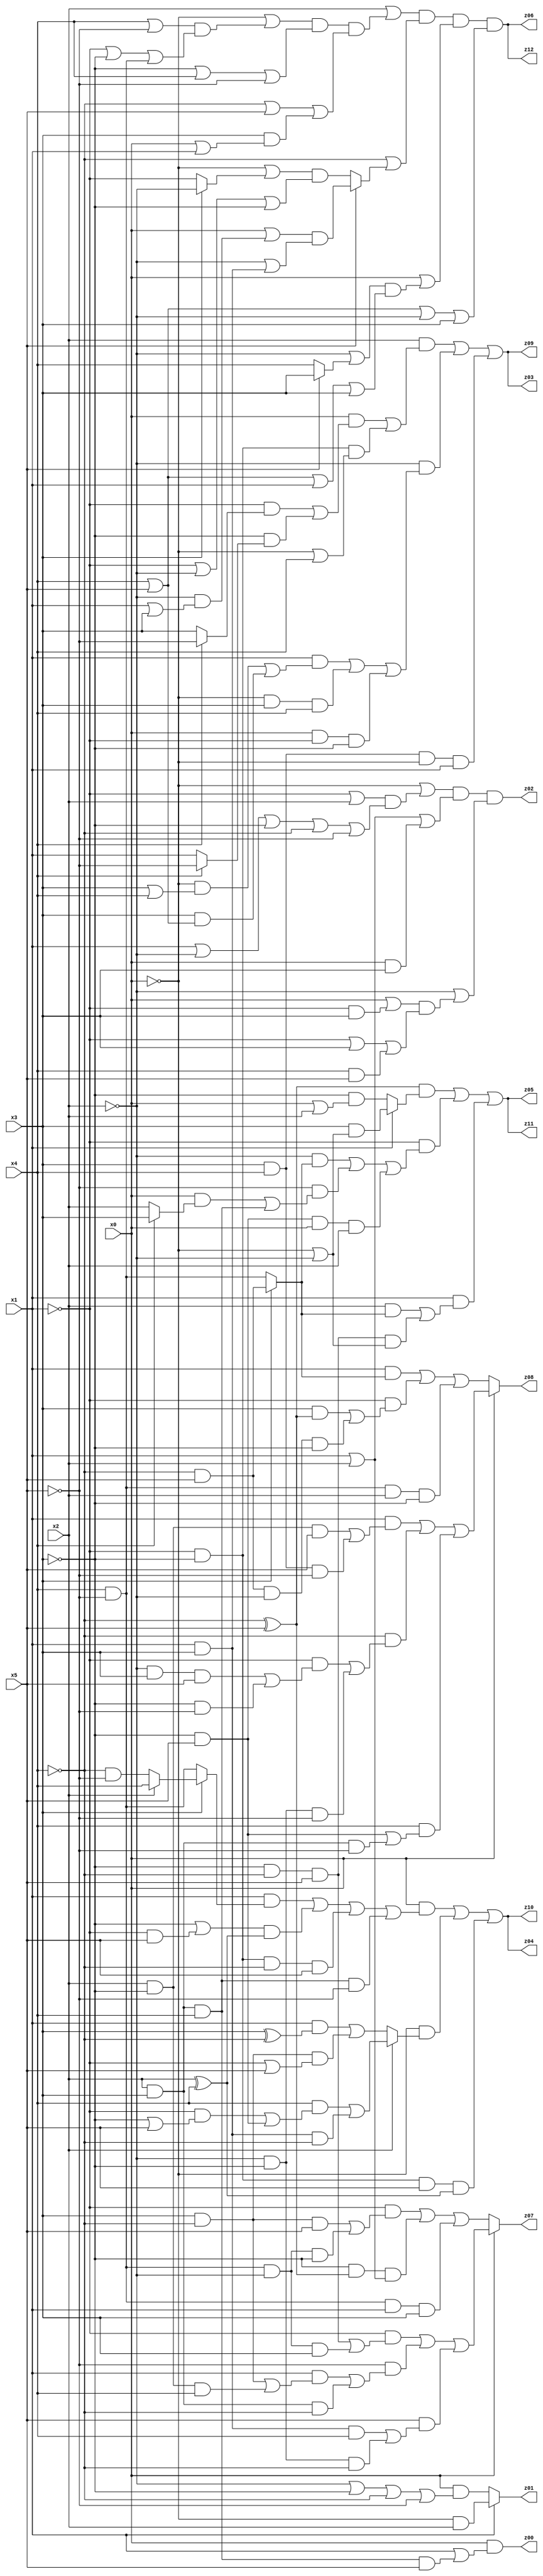
// Benchmark "q_1" written by ABC on Sat Feb 25 04:15:54 2023

module q_1 ( 
    x0, x1, x2, x3, x4, x5,
    z00, z01, z02, z03, z04, z05, z06, z07, z08, z09, z10, z11, z12  );
  input  x0, x1, x2, x3, x4, x5;
  output z00, z01, z02, z03, z04, z05, z06, z07, z08, z09, z10, z11, z12;
  assign z00 = x0 & (x1 | (x2 & x3 & x4 & x5));
  assign z01 = x1 ? (~x0 & x2) : (x0 & (~x2 | ~x3 | ~x4 | ~x5));
  assign z02 = (~x0 | ((~x1 | x2) & (x1 | ~x2 | ~x3 | ~x4 | ~x5))) & (x1 | x2 | (x0 & x3)) & (~x2 | ((x0 | (~x1 & x3)) & (~x1 | x3 | (x4 & x5))));
  assign z03 = (x2 & ((x0 & ((~x1 & (x4 ? ~x5 : x3)) | (~x3 & (x4 ? ~x5 : x1)))) | (~x1 & ~x3 & (~x0 | x4)))) | (~x2 & ((x1 & ((~x0 & (x3 | x4)) | (x3 & (x4 | x5)))) | (~x0 & x3 & x4) | (x0 & ~x1 & ~x3))) | (x3 & x4 & ~x0 & x1);
  assign z04 = (x0 & ((x1 & (x3 ? (x2 ? x4 : (~x4 & ~x5)) : (x4 & ~x5))) | ((~x3 | (~x1 & x5)) & (x2 ^ x4)) | (~x1 & ~x3 & ~x4 & x5) | (x2 & x3 & x4 & ~x5))) | (~x0 & (x2 ? ((x4 & ((~x1 & (~x3 | x5)) | (~x3 & x5))) | (x1 & x3 & ~x4)) : ((x1 & (x3 ^ ~x4)) | (x3 & ~x4 & (~x1 | x5))))) | (~x1 & ~x3 & x5 & (x2 ^ x4));
  assign z05 = ((~x4 ^ x5) & (x1 ? (x3 & (~x0 | ~x2)) : (~x3 & (x0 | x2)))) | (~x1 & ((~x2 & (x3 ? (~x4 & x5) : (x4 & ~x5))) | (~x5 & ((x0 & (x4 ? x3 : x2)) | (x2 & x3 & x4))) | (~x3 & x5 & x0 & x2))) | (x1 & ((x2 & (x3 ? (~x4 & x5) : (x4 & ~x5))) | (~x3 & ~x4 & x5 & (~x0 | ~x2))));
  assign z06 = (x2 | ((~x0 | ((x4 | ~x5) & (~x1 | ~x3 | (x4 & ~x5)))) & (~x3 | x4 | ~x5) & (~x4 | x5 | (x3 & (x0 | x1))))) & (~x4 | (x5 ? ((x0 | (~x2 & (x1 | x3))) & (~x2 | (x1 & x3))) : ((~x0 | (x3 ? ~x2 : ~x1)) & (~x1 | ~x2 | ~x3)))) & (x0 | ((~x2 | (x5 ? x3 : x4)) & (x4 | x5 | x1 | x3))) & (x4 | x5 | ~x2 | x3);
  assign z07 = x0 ? ((~x1 & ((~x3 & ~x4 & x5) | (x4 & ~x5 & ~x2 & x3))) | (~x5 & ((x1 & ((x3 & ~x4) | (x2 & ~x3 & x4))) | (x2 & x3 & ~x4))) | (x5 & ((x1 & x3 & x4) | (~x2 & ~x3 & ~x4)))) : ((~x1 & ((x3 & ~x4 & x5) | (x4 & ~x5 & ~x2 & ~x3))) | (~x3 & (~x4 ^ x5) & (x1 | x2)) | (x4 & ~x5 & x1 & x3));
  assign z08 = x0 ? ((x1 & ((x2 & ~x3 & x5) | (x3 & x4 & ~x5))) | (~x4 & ((~x1 & ((~x2 & x3 & x5) | (~x3 & ~x5))) | (~x2 & ~x3 & ~x5))) | (x4 & ((~x3 & x5) | (x2 & x3 & ~x5)))) : ((x1 & (x3 ? (~x4 & x5) : (x4 & ~x5))) | (~x1 & ((x3 & (~x4 ^ x5)) | (~x4 & x5 & ~x2 & ~x3))) | (x4 & ~x5 & x2 & ~x3));
  assign z09 = (x2 & ((x0 & ((~x1 & (x4 ? ~x5 : x3)) | (~x3 & (x4 ? ~x5 : x1)))) | (~x1 & ~x3 & (~x0 | x4)))) | (~x2 & ((x1 & ((~x0 & (x3 | x4)) | (x3 & (x4 | x5)))) | (~x0 & x3 & x4) | (x0 & ~x1 & ~x3))) | (x3 & x4 & ~x0 & x1);
  assign z10 = (x0 & ((x1 & (x3 ? (x2 ? x4 : (~x4 & ~x5)) : (x4 & ~x5))) | ((~x3 | (~x1 & x5)) & (x2 ^ x4)) | (~x1 & ~x3 & ~x4 & x5) | (x2 & x3 & x4 & ~x5))) | (~x0 & (x2 ? ((x4 & ((~x1 & (~x3 | x5)) | (~x3 & x5))) | (x1 & x3 & ~x4)) : ((x1 & (x3 ^ ~x4)) | (x3 & ~x4 & (~x1 | x5))))) | (~x1 & ~x3 & x5 & (x2 ^ x4));
  assign z11 = ((~x4 ^ x5) & (x1 ? (x3 & (~x0 | ~x2)) : (~x3 & (x0 | x2)))) | (~x1 & ((~x2 & (x3 ? (~x4 & x5) : (x4 & ~x5))) | (~x5 & ((x0 & (x4 ? x3 : x2)) | (x2 & x3 & x4))) | (~x3 & x5 & x0 & x2))) | (x1 & ((x2 & (x3 ? (~x4 & x5) : (x4 & ~x5))) | (~x3 & ~x4 & x5 & (~x0 | ~x2))));
  assign z12 = (x2 | ((~x0 | ((x4 | ~x5) & (~x1 | ~x3 | (x4 & ~x5)))) & (~x3 | x4 | ~x5) & (~x4 | x5 | (x3 & (x0 | x1))))) & (~x4 | (x5 ? ((x0 | (~x2 & (x1 | x3))) & (~x2 | (x1 & x3))) : ((~x0 | (x3 ? ~x2 : ~x1)) & (~x1 | ~x2 | ~x3)))) & (x0 | ((~x2 | (x5 ? x3 : x4)) & (x4 | x5 | x1 | x3))) & (x4 | x5 | ~x2 | x3);
endmodule